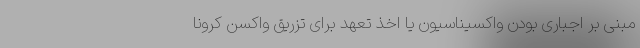
مبنی بر اجباری بودن واکسیناسیون یا اخذ تعهد برای تزریق واکسن کرونا